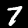
Label: 7